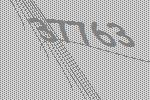
37763